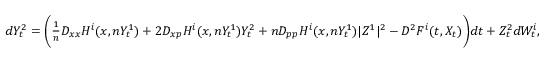
\begin{array} { r } { d Y _ { t } ^ { 2 } = \bigg ( \frac { 1 } { n } D _ { x x } H ^ { i } ( x , n Y _ { t } ^ { 1 } ) + 2 D _ { x p } H ^ { i } ( x , n Y _ { t } ^ { 1 } ) Y _ { t } ^ { 2 } + n D _ { p p } H ^ { i } ( x , n Y _ { t } ^ { 1 } ) | Z ^ { 1 } | ^ { 2 } - D ^ { 2 } F ^ { i } ( t , X _ { t } ) \bigg ) d t + Z _ { t } ^ { 2 } d W _ { t } ^ { i } , } \end{array}